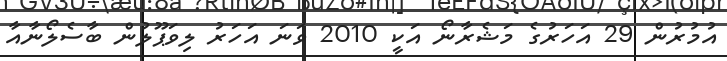
އުމުރުން 29 އަހަރުގެ މަޝެރާނޯ އަކީ 2010 ވަނަ އަހަރު ލިވަޕޫލުން ބާސެލޯނާއާ